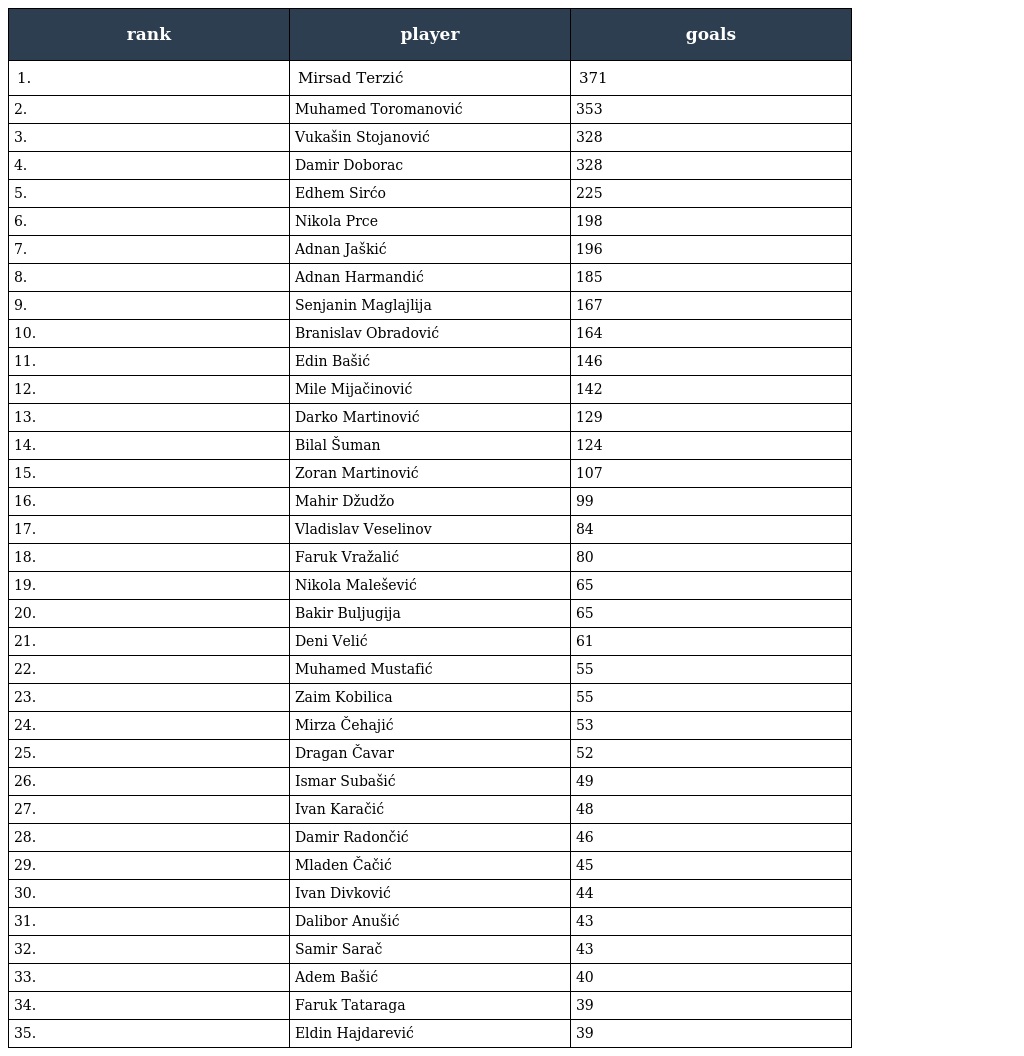
| rank | player | goals |
 | --- | --- | --- |
 | 1. | Mirsad Terzić | 371 |
 | 2. | Muhamed Toromanović | 353 |
 | 3. | Vukašin Stojanović | 328 |
 | 4. | Damir Doborac | 328 |
 | 5. | Edhem Sirćo | 225 |
 | 6. | Nikola Prce | 198 |
 | 7. | Adnan Jaškić | 196 |
 | 8. | Adnan Harmandić | 185 |
 | 9. | Senjanin Maglajlija | 167 |
 | 10. | Branislav Obradović | 164 |
 | 11. | Edin Bašić | 146 |
 | 12. | Mile Mijačinović | 142 |
 | 13. | Darko Martinović | 129 |
 | 14. | Bilal Šuman | 124 |
 | 15. | Zoran Martinović | 107 |
 | 16. | Mahir Džudžo | 99 |
 | 17. | Vladislav Veselinov | 84 |
 | 18. | Faruk Vražalić | 80 |
 | 19. | Nikola Malešević | 65 |
 | 20. | Bakir Buljugija | 65 |
 | 21. | Deni Velić | 61 |
 | 22. | Muhamed Mustafić | 55 |
 | 23. | Zaim Kobilica | 55 |
 | 24. | Mirza Čehajić | 53 |
 | 25. | Dragan Čavar | 52 |
 | 26. | Ismar Subašić | 49 |
 | 27. | Ivan Karačić | 48 |
 | 28. | Damir Radončić | 46 |
 | 29. | Mladen Čačić | 45 |
 | 30. | Ivan Divković | 44 |
 | 31. | Dalibor Anušić | 43 |
 | 32. | Samir Sarač | 43 |
 | 33. | Adem Bašić | 40 |
 | 34. | Faruk Tataraga | 39 |
 | 35. | Eldin Hajdarević | 39 |